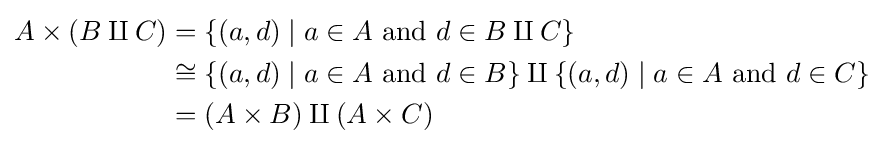
{\begin{aligned}A\times (B\amalg C)&=\{(a,d)\mid a\in A{\text{ and }}d\in B\amalg C\}\\&\cong \{(a,d)\mid a\in A{\text{ and }}d\in B\}\amalg \{(a,d)\mid a\in A{\text{ and }}d\in C\}\\&=(A\times B)\amalg (A\times C)\end{aligned}}